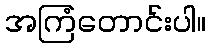
အကြံတောင်းပါ။